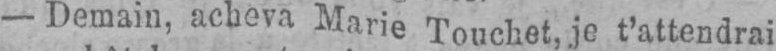
- Demain, acheva Marie Touchet, je t’attendrai